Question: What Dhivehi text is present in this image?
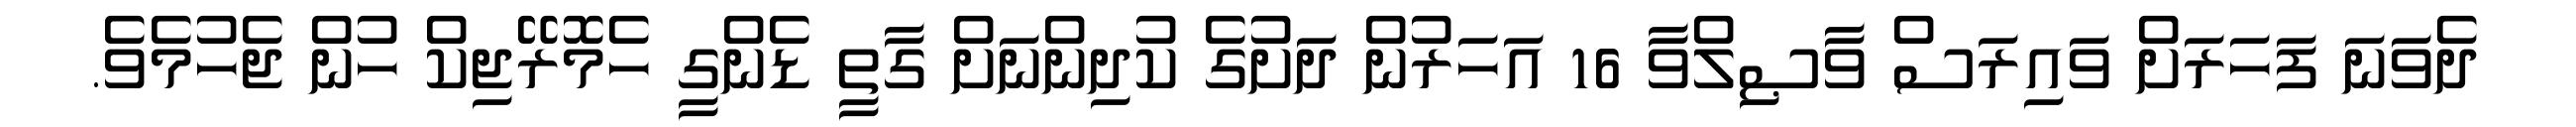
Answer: ދެވަނަ ފަހަރަށް ވައިރަސް ވާޞިލްވާ 16 އަހަރުން ދަށުގެ ކުދިންނަށް ގާތީ ޑެންގީ ހެމޮރޭޖިކް ހުން ޖެހުމެވެ.